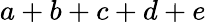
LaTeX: a+b+c+d+e